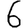
Digit: 6